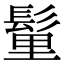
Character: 𩭇